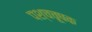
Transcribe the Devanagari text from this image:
पश्चचूषक